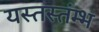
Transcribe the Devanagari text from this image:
यस्तस्तंम्भ